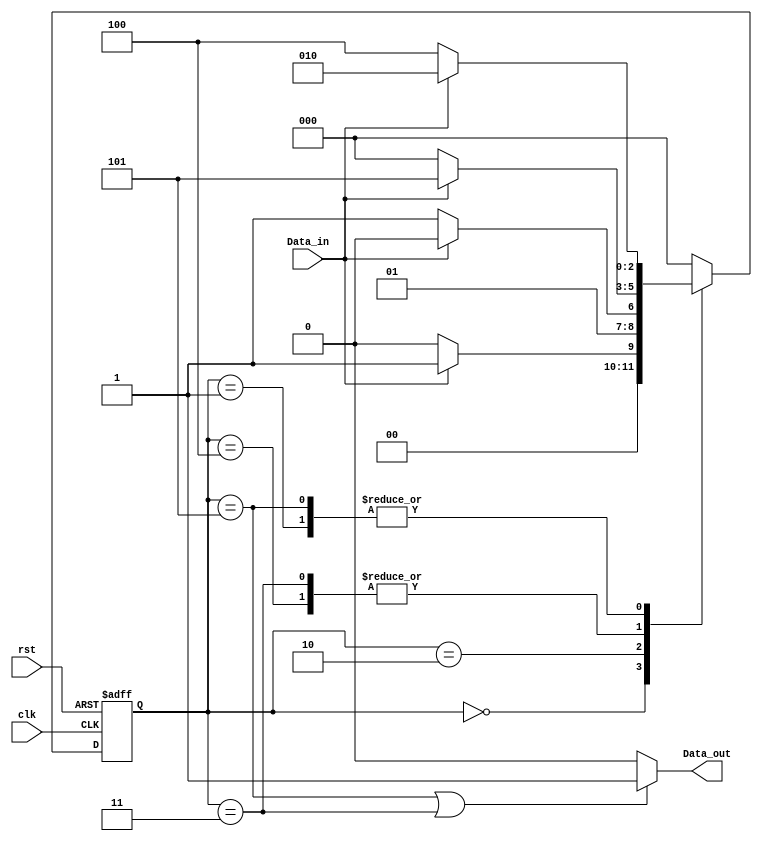
module moore(Data_in,Data_out,clk,rst);
input Data_in,clk,rst;
output Data_out;
reg[2:0]current_state,next_state;
parameter Idle=3'b000,s1=3'b001,s11=3'b010,s110=3'b011,s10=3'b100,s101=3'b101;
always @ (posedge clk,posedge rst)
begin
if(rst)
    current_state <=Idle;
    else
    current_state<=next_state;
end
    always @(Data_in,current_state)
    begin
    case(current_state)
        Idle:
            if(Data_in==0)
                next_state<=Idle;
            else
                next_state<=s1;
        s1:
            if(Data_in==1)
                next_state<=s11;
            else
                next_state<=s10;
        s11:
            if(Data_in==0)
                next_state<=s110;
            else
         	    next_state<=s11;
        s110:
             if(Data_in==1)
            	   next_state<=s101;
              else
                next_state<=Idle;
        s10:
             if(Data_in==1)
 	             next_state<=s101;
             else
                 next_state<=Idle;
        s101:
             if(Data_in==1)
                next_state<=s11;
             else
                next_state<=s10;
    default:next_state<=Idle;
    endcase
end
assign Data_out=(current_state==s101 | current_state==s110)?1'b1:1'b0;
endmodule